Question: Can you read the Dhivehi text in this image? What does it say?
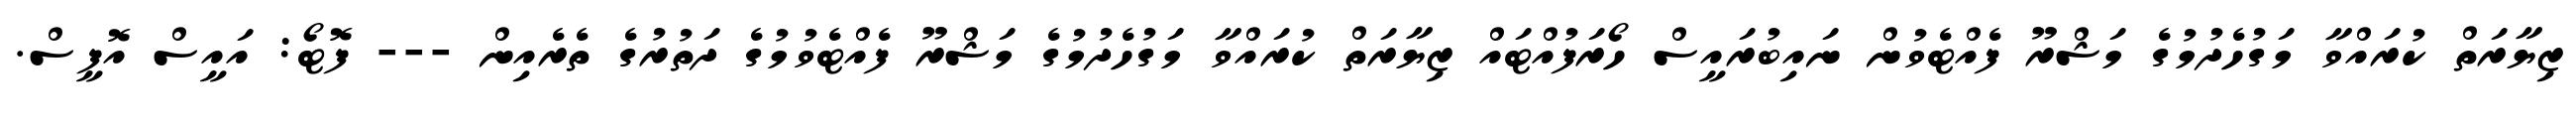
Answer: ޒިޔާރަތް ކުރައްވާ މަގުހެދުމުގެ މަޝްރޫ ފެއްޓެވުން ނައިބުރައީސް ހޯރަފުއްޓައް ޒިޔާރަތް ކުރައްވާ މަގުހެދުމުގެ މަޝްރޫ ފެއްޓެވުމުގެ ދަތުރުގެ ތެރެއިން --- ފޮޓޯ: އައީސް އޮފީސް.